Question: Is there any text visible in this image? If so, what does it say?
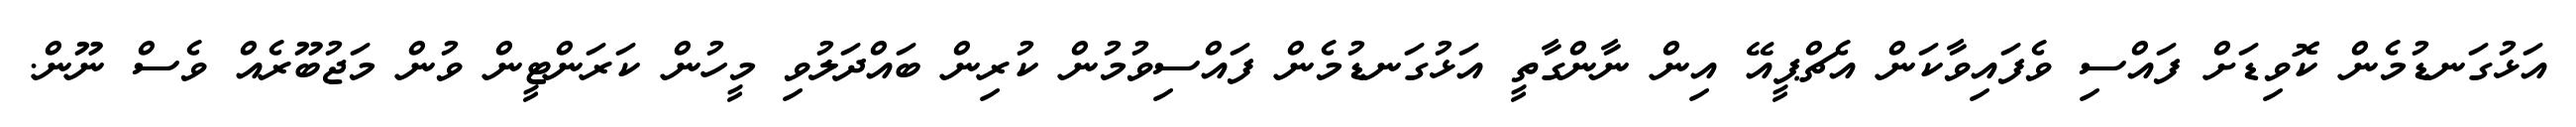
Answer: އަޅުގަނޑުމެން ކޮވިޑަށް ފައްސި ވެފައިވާކަން އެޗްޕީއޭ އިން ނާންގާތީ އަޅުގަނޑުމެން ފައްސިވުމުން ކުރިން ބައްދަލުވި މީހުން ކަރަންޓީން ވުން މަޖުބޫރެއް ވެސް ނޫން.